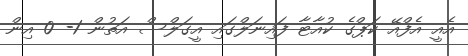
އެއީ އެފްއޭ ކަޕްގެ ކުއާޓާ ފައިނަލްގައި އީގަލްސް އަތުން 1- 0 އިން